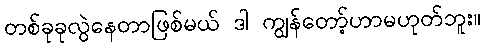
တစ်ခုခုလွဲနေတာဖြစ်မယ် ဒါ ကျွန်တော့်ဟာမဟုတ်ဘူး။